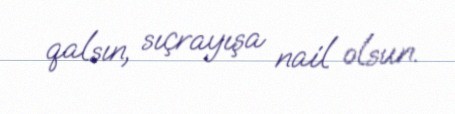
qalsın, sıçrayışa nail olsun.